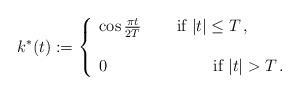
LaTeX: \begin{align*}k^*(t):=\left \{\begin{array}{l}\cos \frac{\pi t}{2T}\,\qquad\mbox{if}\ |t|\le T\,,\\\\0\,\qquad\qquad\quad\ \ \ \ \mbox{if}\ |t|>T\,.\end{array}\right .\end{align*}